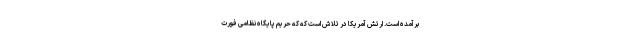
برآمده است. ارتش آمریکا در تلاش است که که حریم پایگاه نظامی فورت